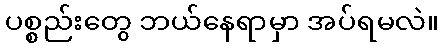
ပစ္စည်းတွေ ဘယ်နေရာမှာ အပ်ရမလဲ။